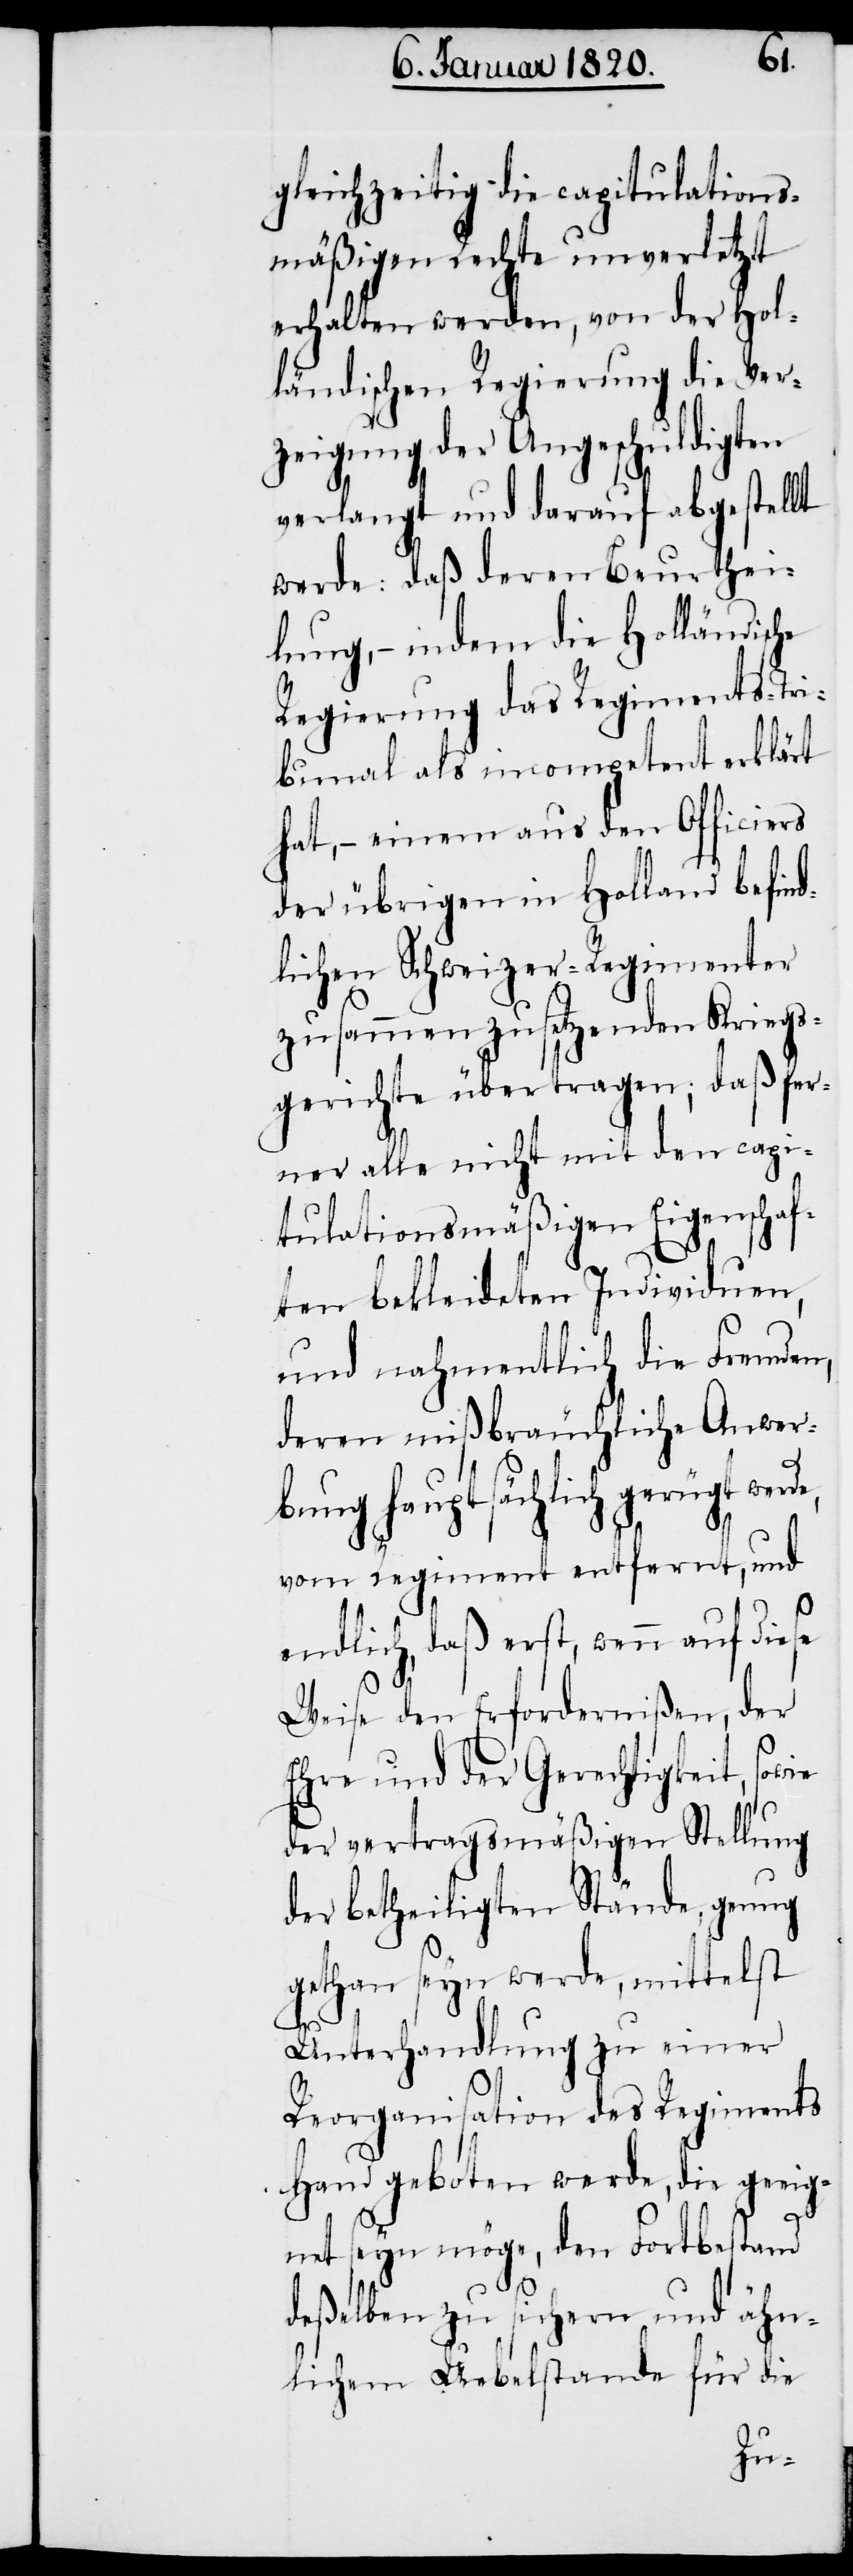
gleichzeitig die capitulations¬
mäßigen Rechte unverletzt
erhalten werden, von der Hol¬
ländischen Regierung die Ver¬
zeigung der Angeschuldigten
verlangt und darauf abgestellt
werde: daß deren Beurthei¬
lung, − indem die Holländische
Regierung das Regiments-Tri¬
bunal als incompetent erklärt
hat, − einem aus den Officiers
der übrigen in Holland befind¬
lichen Schweizer-Regimenter
zusammenzusetzenden Kriegs¬
gerichte übertragen; daß fer¬
ner alle nicht mit den capi¬
tulationsmäßigen Eigenschaf¬
ten bekleideten Individuen,
und nahmentlich die Fremden,
deren mißbräuchliche Anwer¬
bung hauptsächlich gerügt
vom Regiment entfernt, und
endlich, daß erst, wenn auf diese
Weise den Erfordernißen, der
Ehre und der Gerechtigkeit, sowie
der vertragsmäßigen Stellung
der betheiligten Stände, genug
gethan seyn werde, mittelst
Unterhandlung zu einer
Reorganisation des Regiments
Hand geboten werde, die geeig¬
net seyn möge, den Fortbestand
deßelben zu sichern und ähn¬
lichem Uebelstande für die